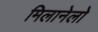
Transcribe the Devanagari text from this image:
मिलानेलो